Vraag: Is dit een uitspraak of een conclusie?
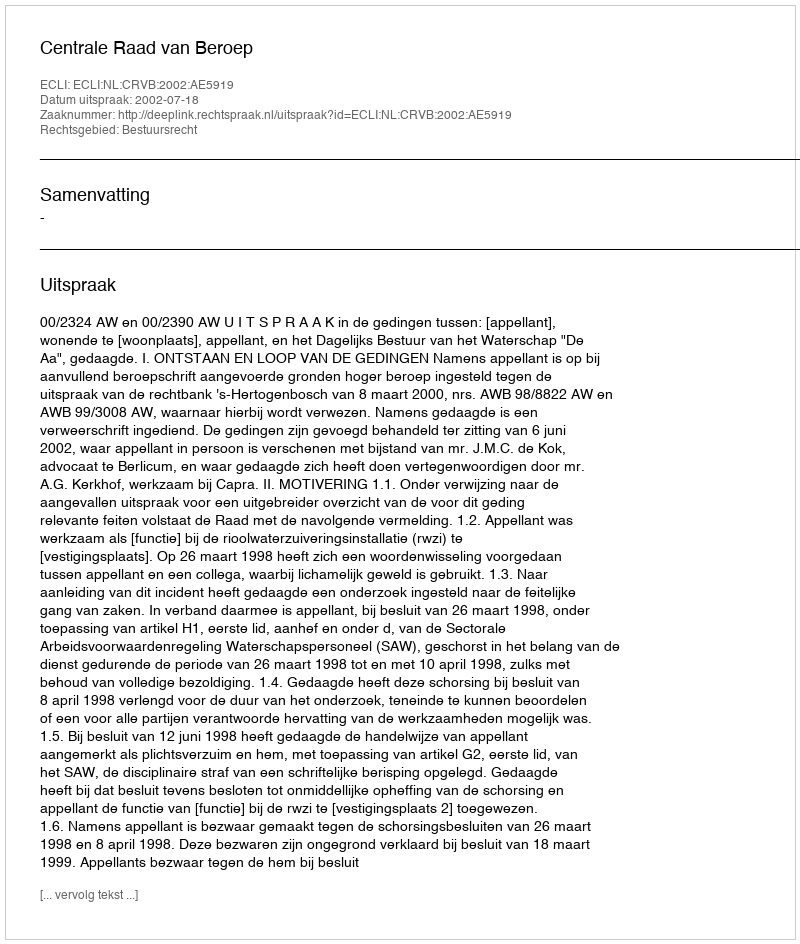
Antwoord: Uitspraak